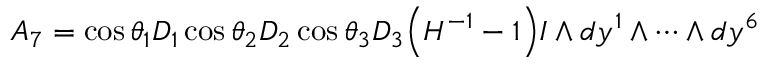
A _ { 7 } = \cos \theta _ { 1 } D _ { 1 } \cos \theta _ { 2 } D _ { 2 } \cos \theta _ { 3 } D _ { 3 } \Big ( H ^ { - 1 } - 1 \Big ) I \wedge d y ^ { 1 } \wedge \cdots \wedge d y ^ { 6 }